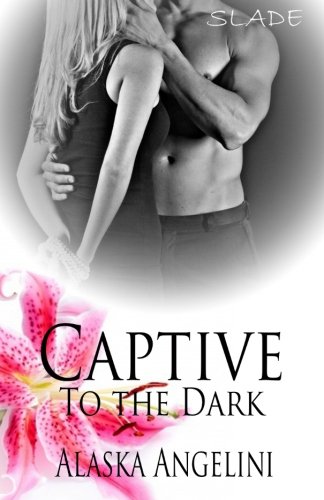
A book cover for Slade: Captive to the Dark (Volume 1); Alaska Angelini; Romance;